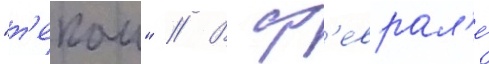
"т'екаи" // В ф'еврал'е́